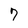
Character: 7